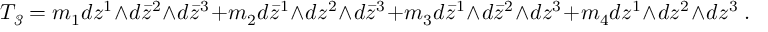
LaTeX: T _ { \it 3 } = m _ { 1 } d z ^ { 1 } \wedge d \bar { z } ^ { 2 } \wedge d \bar { z } ^ { 3 } + m _ { 2 } d \bar { z } ^ { 1 } \wedge d z ^ { 2 } \wedge d \bar { z } ^ { 3 } + m _ { 3 } d \bar { z } ^ { 1 } \wedge d \bar { z } ^ { 2 } \wedge d z ^ { 3 } + m _ { 4 } d z ^ { 1 } \wedge d z ^ { 2 } \wedge d z ^ { 3 } \ .